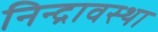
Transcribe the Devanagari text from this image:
निन्द्रावस्था